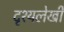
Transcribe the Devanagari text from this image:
दृश्यलेखी